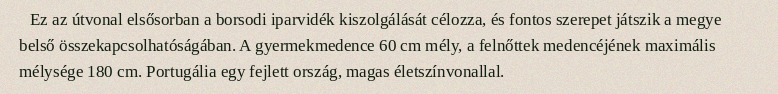
Ez az útvonal elsősorban a borsodi iparvidék kiszolgálását célozza, és fontos szerepet játszik a megye belső összekapcsolhatóságában. A gyermekmedence 60 cm mély, a felnőttek medencéjének maximális mélysége 180 cm. Portugália egy fejlett ország, magas életszínvonallal.